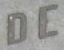
DE